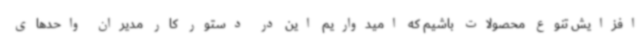
افزایش تنوع محصولات باشیم که امیدواریم این در دستور کار مدیران واحدهای